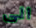
الى